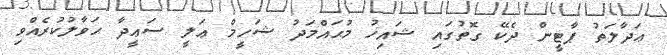
ޢަދާލަތު ޕާޓީން ދެކޭ ގޮތުގައި ޝައިޚު މުޙައްމަދު ޝަހީމް ޢަލީ ސަޢީދާ ޙަވާލުކުރެއްވި